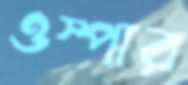
ওস্পার